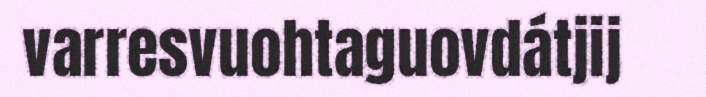
varresvuohtaguovdátjij